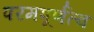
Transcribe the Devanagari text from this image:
परमपूर्णत्व